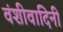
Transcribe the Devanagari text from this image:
वंशीवादिनी